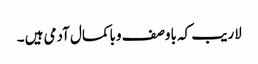
لاریب کہ باوصف وباکمال آدمی ہیں ۔